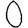
Digit: 0